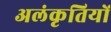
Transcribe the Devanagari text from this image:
अलंकृतियों